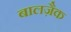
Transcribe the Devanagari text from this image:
बालज़ैक